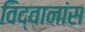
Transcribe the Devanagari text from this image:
विद्वानांस